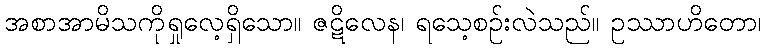
အစာအာမိသကိုရှုလေ့ရှိသော။ ဇဋိလေန၊ ရသေ့စဉ်းလဲသည်။ ဥဿာဟိတော၊